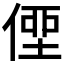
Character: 𠋿